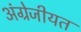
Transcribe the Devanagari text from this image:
अंग्रेजीयत